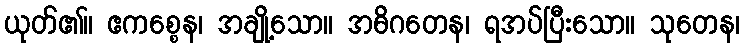
ယုတ်၏။ ဧကစ္စေန၊ အချို့သော။ အဓိဂတေန၊ ရအပ်ပြီးသော။ သုတေန၊